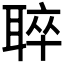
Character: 𦖒